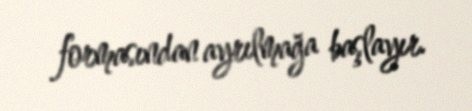
formasından ayrılmağa başlayır.